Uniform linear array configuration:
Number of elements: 4
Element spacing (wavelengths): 0.5
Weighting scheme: kaiser
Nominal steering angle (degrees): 0
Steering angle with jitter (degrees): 0.6721
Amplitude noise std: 0.05
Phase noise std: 0.05

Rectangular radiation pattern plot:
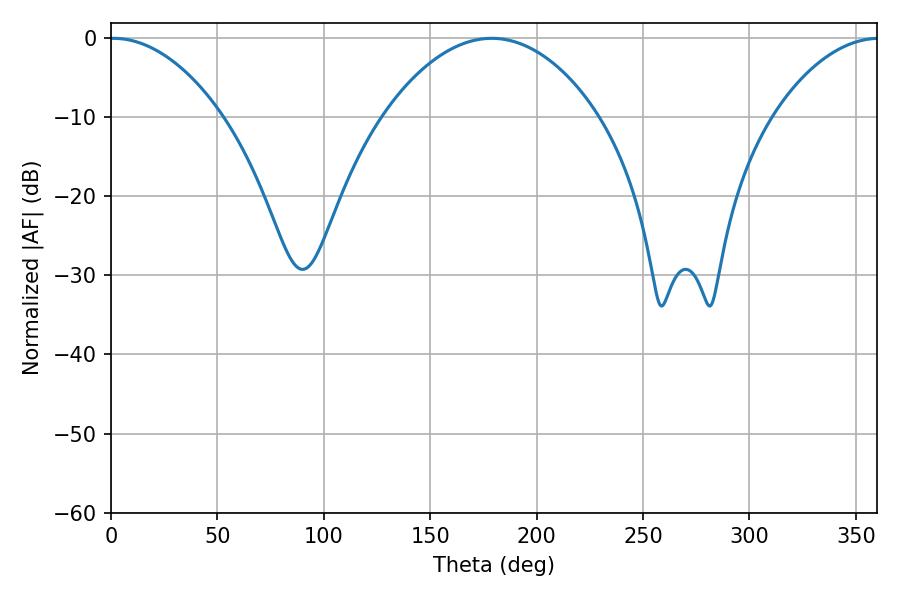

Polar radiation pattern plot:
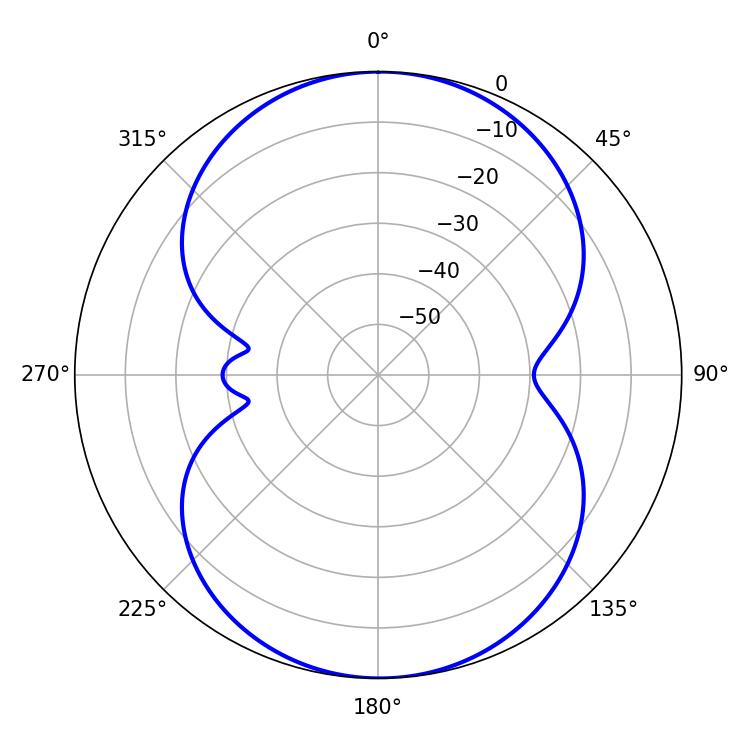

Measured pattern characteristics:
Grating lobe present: FALSE
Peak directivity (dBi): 15.961
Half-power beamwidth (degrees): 29.52
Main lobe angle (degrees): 1.08